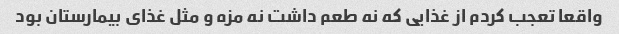
واقعا تعجب کردم از غذایی که نه طعم داشت نه مزه و مثل غذای بیمارستان بود